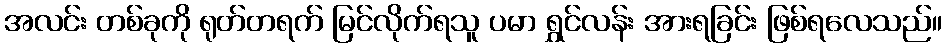
အလင်း တစ်ခုကို ရုတ်တရက် မြင်လိုက်ရသူ ပမာ ရွှင်လန်း အားရခြင်း ဖြစ်ရလေသည်။